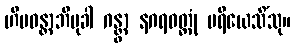
ဟိမဝန္တာဘိမုခါ ဂန္တွာ နဂရဝတ္ထုံ ပရိယေသိံသု။